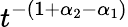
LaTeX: t^{-(1+\alpha_{2}-\alpha_{1})}